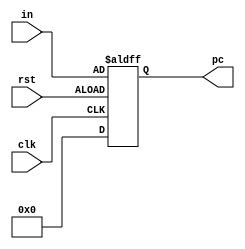
`timescale 1ns / 1ps
//////////////////////////////////////////////////////////////////////////////////
// Company: 
// Engineer: 
// 
// Design Name: 
// Module Name: PC
// Project Name: 
// Target Devices: 
// Tool Versions: 
// Description: 
// 
// Dependencies: 
// 
// Revision:
// Revision 0.01 - File Created
// Additional Comments:
// 
//////////////////////////////////////////////////////////////////////////////////

module pc(
    input wire          clk,
    input wire          rst,
    input wire [31:0]   in,//
    output reg [31:0]   pc
);

always @(posedge clk, negedge rst) begin
    if(rst)
        pc <= 32'b0;//PC0
    else
        pc <= in;//PC
end

endmodule